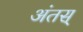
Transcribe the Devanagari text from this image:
अंतस्‌